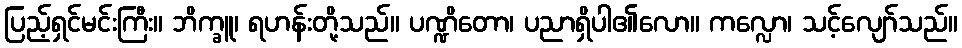
ပြည့်ရှင်မင်းကြီး။ ဘိက္ခူ၊ ရဟန်းတို့သည်။ ပဏ္ဍိတော၊ ပညာရှိပါ၏လော။ ကလ္လော၊ သင့်လျော်သည်။